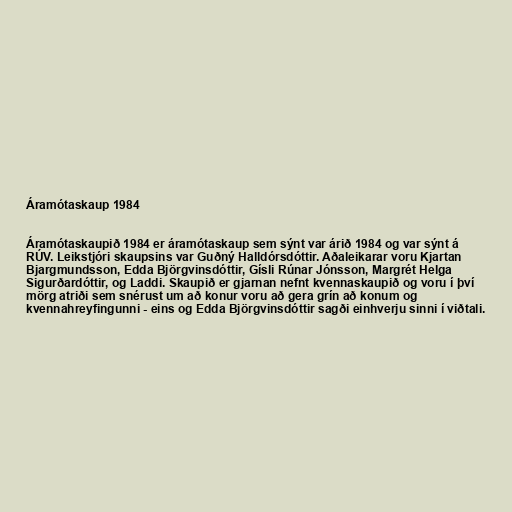
Áramótaskaup 1984

Áramótaskaupið 1984 er áramótaskaup sem sýnt var árið 1984 og var sýnt á
RÚV. Leikstjóri skaupsins var Guðný Halldórsdóttir. Aðaleikarar voru Kjartan
Bjargmundsson, Edda Björgvinsdóttir, Gísli Rúnar Jónsson, Margrét Helga
Sigurðardóttir, og Laddi. Skaupið er gjarnan nefnt kvennaskaupið og voru í því
mörg atriði sem snérust um að konur voru að gera grín að konum og
kvennahreyfingunni - eins og Edda Björgvinsdóttir sagði einhverju sinni í viðtali.